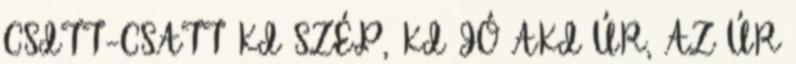
CSITT-CSATT KI SZÉP, KI JÓ AKI ÚR, AZ ÚR